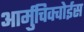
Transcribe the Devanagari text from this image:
आर्मुचिक्वोईस